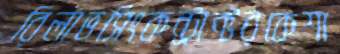
রিলাভসিংকন্ট্রাক্টরকেশা